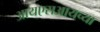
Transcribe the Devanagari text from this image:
आयएसआयच्या